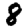
Digit: 8